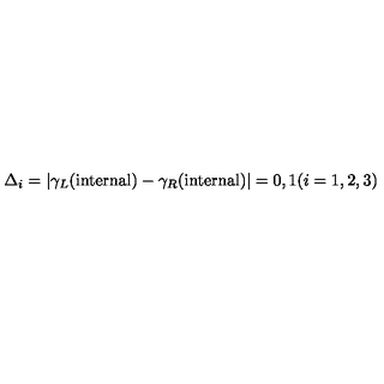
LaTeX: \Delta _ { i } = \vert \gamma _ { L } ( \mathrm { i n t e r n a l } ) - \gamma _ { R } ( \mathrm { i n t e r n a l } ) \vert = 0 , 1 ( i = 1 , 2 , 3 )